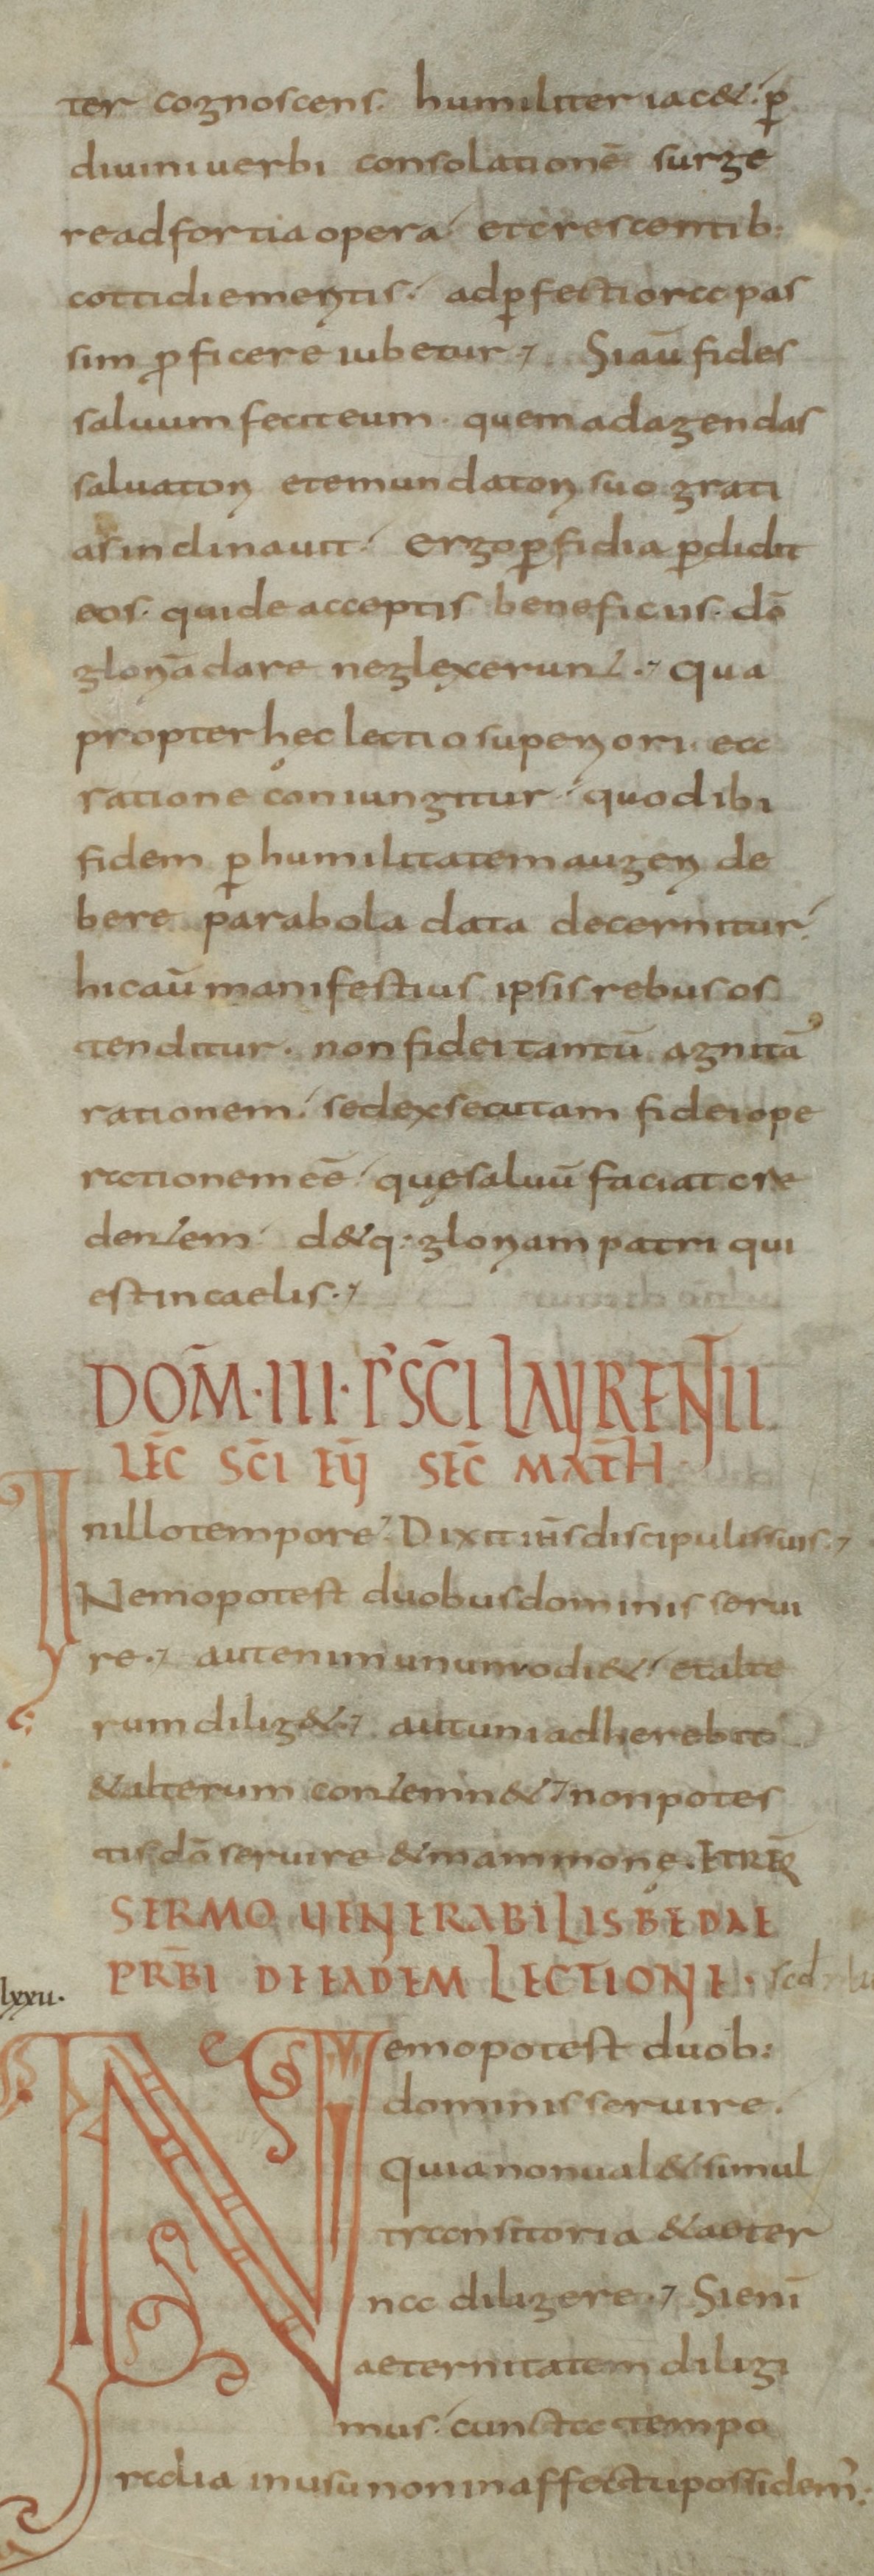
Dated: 800–899